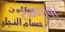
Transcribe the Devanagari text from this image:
रुग्णावर